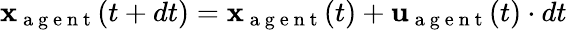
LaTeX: \mathbf{x}_{\mathrm{~a~g~e~n~t~}}(t+dt)=\mathbf{x}_{\mathrm{~a~g~e~n~t~}}(t)+\mathbf{u}_{\mathrm{~a~g~e~n~t~}}(t)\cdot dt